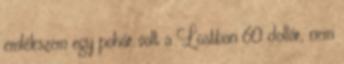
emlékszem egy pohár volt a Lostban 60 dollár, nem